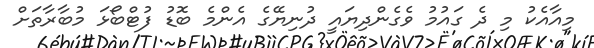
މިއާއެކު މި ދެ ގައުމު ވެގެންދިޔައީ ދުނިޔޭގެ އެންމެ ބޮޑު ފުޓްބޯޅަ މުބާރާތަށް